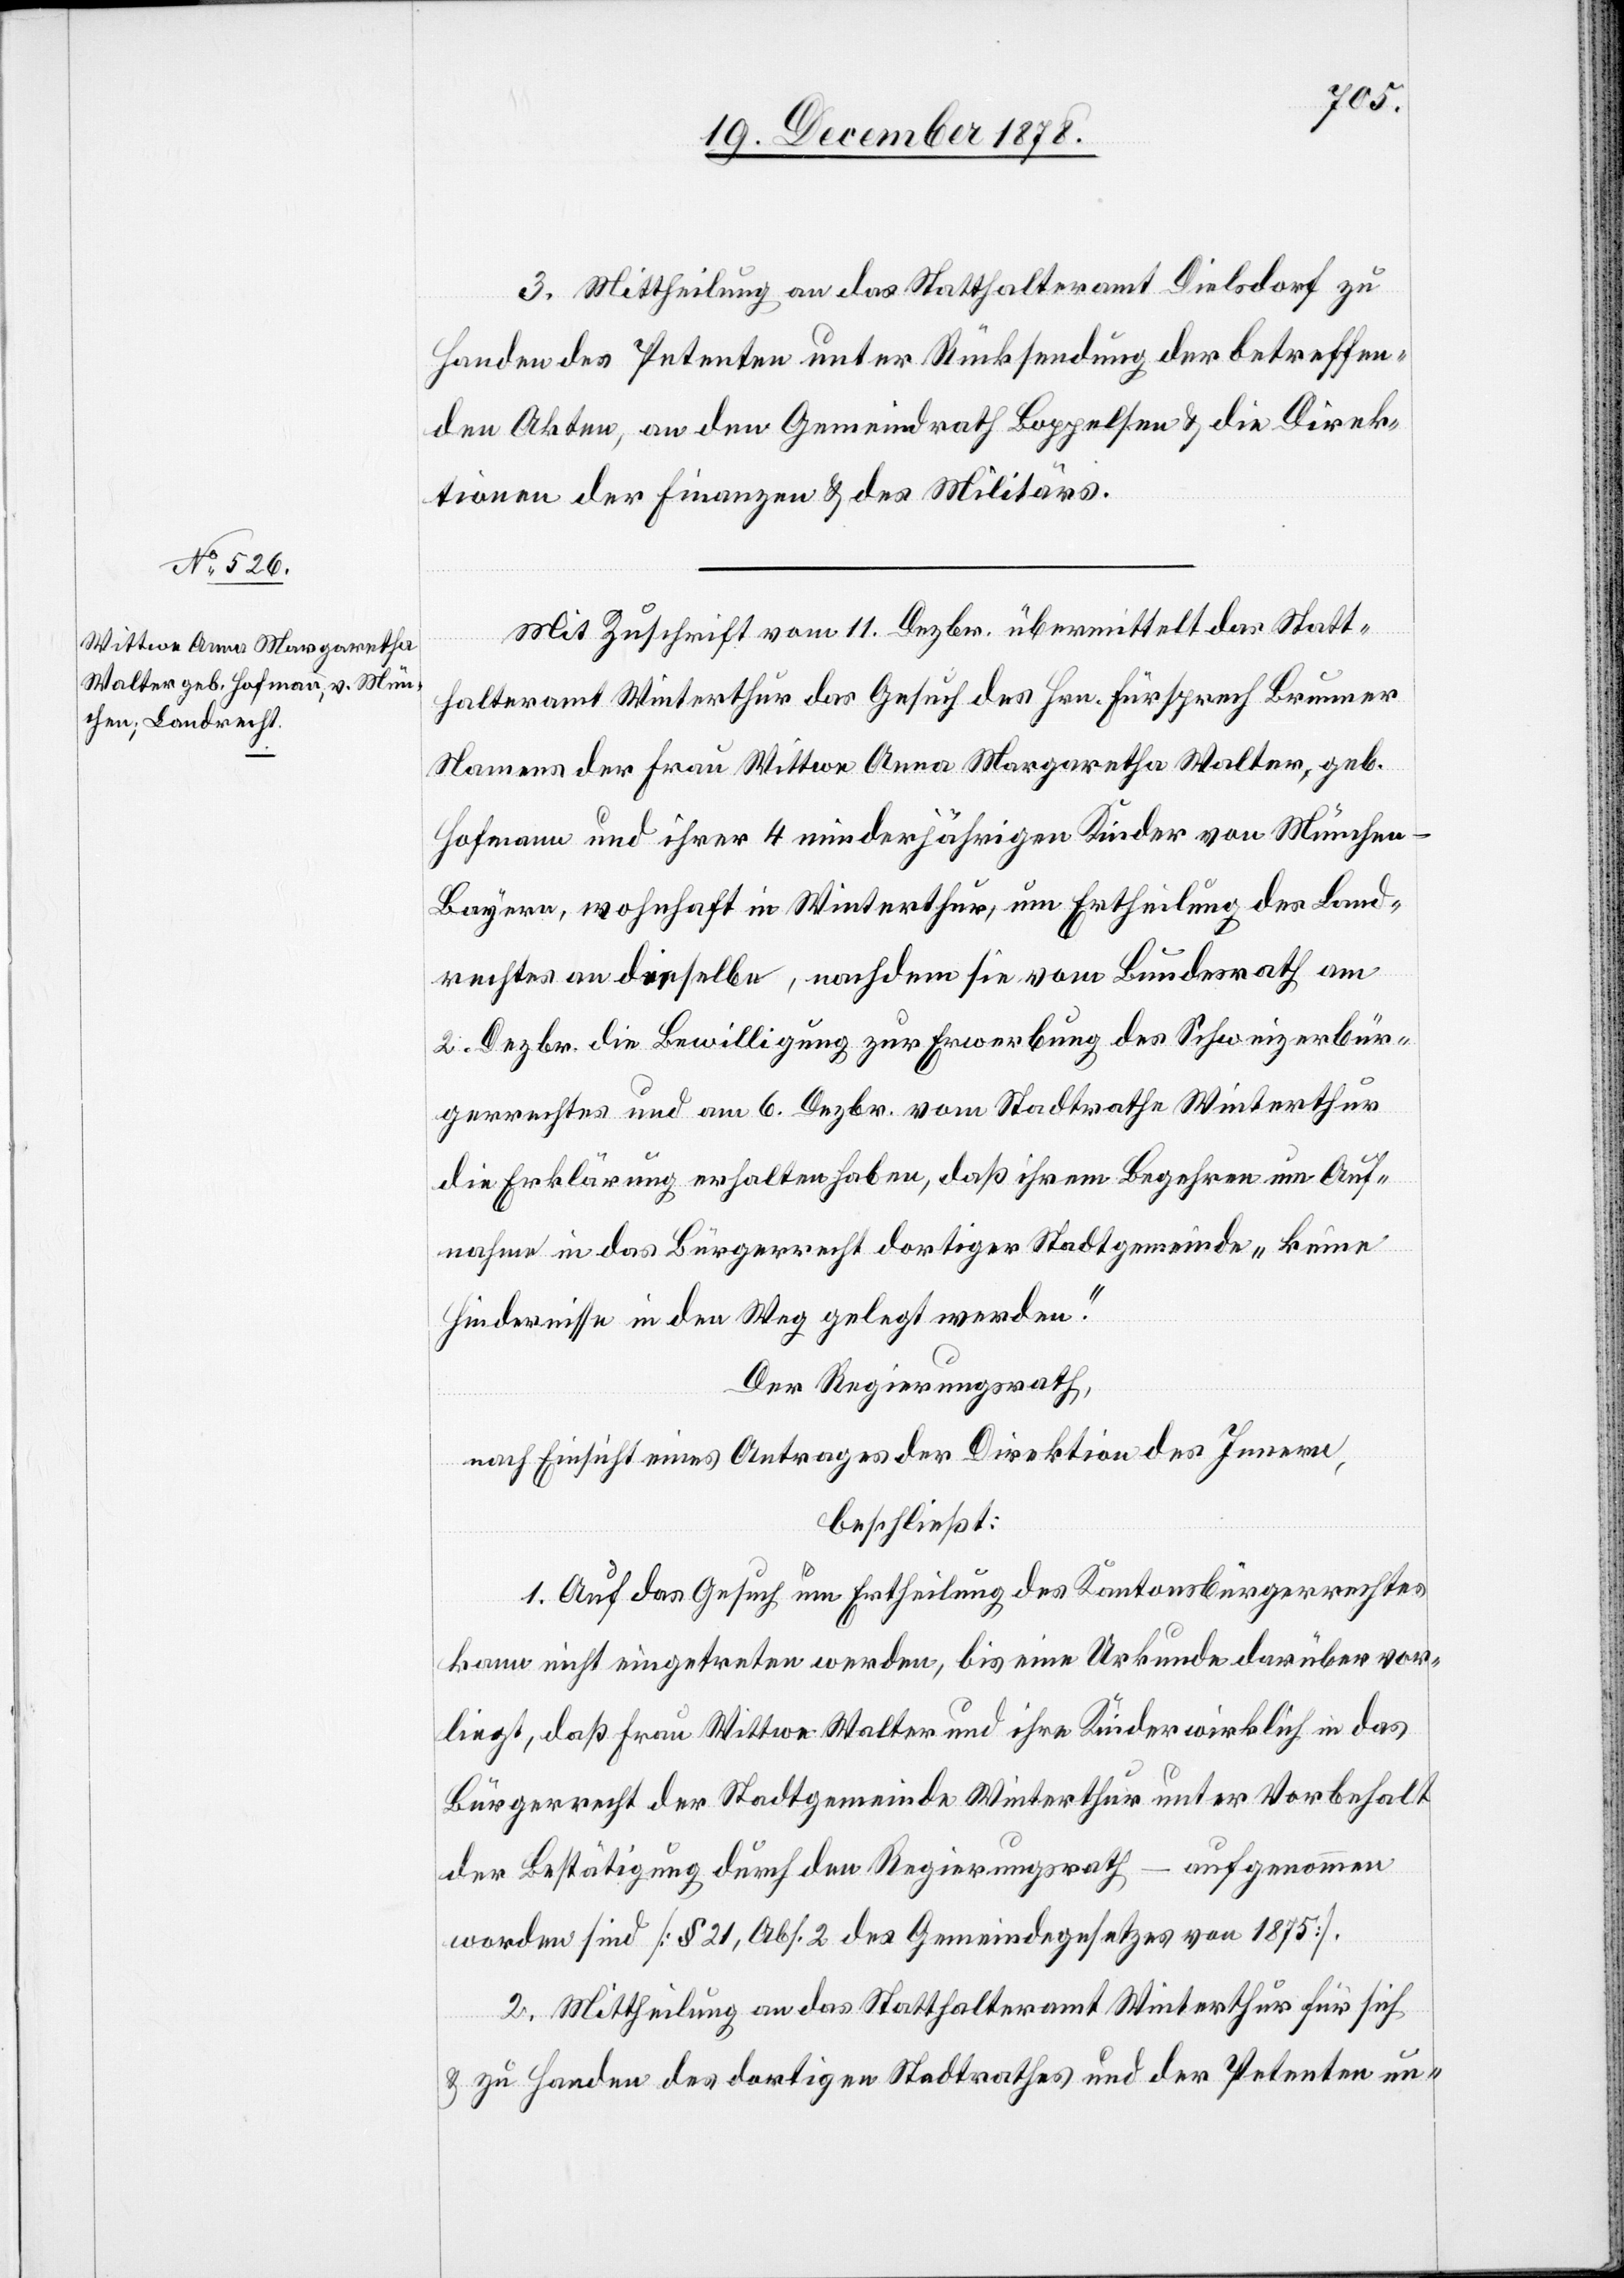
3. Mittheilung an das Statthalteramt Dielsdorf zu
Handen des Petenten unter Rücksendung der betreffen¬
den Akten, an den Gemeindrath Boppelsen & die Direk¬
tionen der Finanzen & des Militärs.
Mit Zuschrift vom 11. Dezbr. übermittelt das Statt¬
halteramt Winterthur das Gesuch des Hrn. Fürsprech Brunner
Namens der Frau Wittwe Anna Margaretha Walter, geb.
Hofmann und ihrer 4 minderjährigen Kindern von München
Bayern, wohnhaft in Winterthur, um Ertheilung des Land¬
rechtes an dieselbe, nachdem sie vom Bundesrath am
2. Dezbr. die Bewilligung zur Erwerbung des Schweizerbür¬
gerrechtes und am 6. Dezbr. vom Stadtrathe Winterthur
die Erklärung erhalten haben, daß ihrem Begehren um Auf¬
nahme in das Bürgerrecht dortiger Stadtgemeinde „keine
Hindernisse in den Weg gelegt werden.“
Der Regierungsrath,
nach Einsicht eines Antrages der Direktion des Innern,
beschließt:
1. Auf das Gesuch um Ertheilung des Kantonsbürgerrechtes
kann nicht eingetreten werden, bis eine Urkunde darüber vor¬
liegt, daß Frau Wittwe Walter und ihre Kinder wirklich in das
Bürgerrecht der Stadtgemeinde Winterthur [–] unter Vorbehalt
der Bestätigung durch den Regierungsrath – aufgenommen
worden sind [§ 21, Abs. 2 des Gemeindegesetzes von 1875].
2. Mittheilung an das Statthalteramt Winterthur für sich
& zu Handen des dortigen Stadtrathes und der Petenten un-